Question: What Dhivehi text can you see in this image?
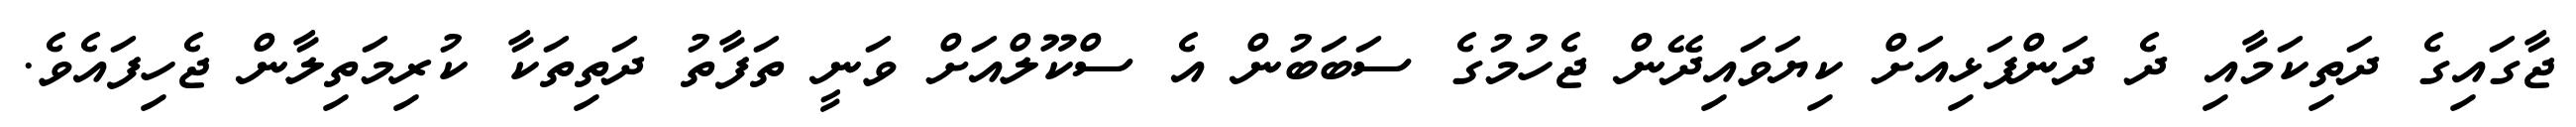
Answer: ޖާގައިގެ ދަތިކަމާއި ދެ ދަންފަޅިއަށް ކިޔަވައިދޭން ޖެހުމުގެ ސަބަބުން އެ ސްކޫލްއަށް ވަނީ ތަފާތު ދަތިތަކާ ކުރިމަތިލާން ޖެހިފައެވެ.